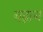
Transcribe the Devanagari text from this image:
चढ़ान